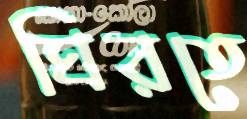
ঘিরতে